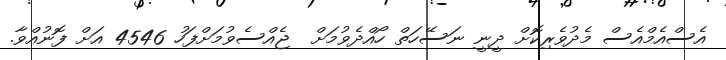
އެސްއެމްއެސް މެދުވެރިކޮށް ދީނީ ނަސޭހަތް ހޯއްދެވުމަށް  ޖެއްސެވުމަށްފަހު 4546 އަށް ފޮނުއްވާ.